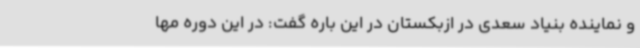
و نماینده بنیاد سعدی در ازبکستان در این باره گفت: در این دوره مها